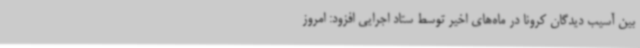
بین آسیب دیدگان کرونا در ماه‌های اخیر توسط ستاد اجرایی افزود: امروز